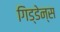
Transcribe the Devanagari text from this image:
गिड्डेन्स